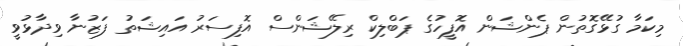
މިކަމާ ގުޅޭގޮތުން ޕެންޝަން އޮފީހުގެ ޕަބްލިކް ރިލޭޝަންސް އޮފިސަރު އައިޝަތު ފަޒުނާ ވިދާޅުވީ